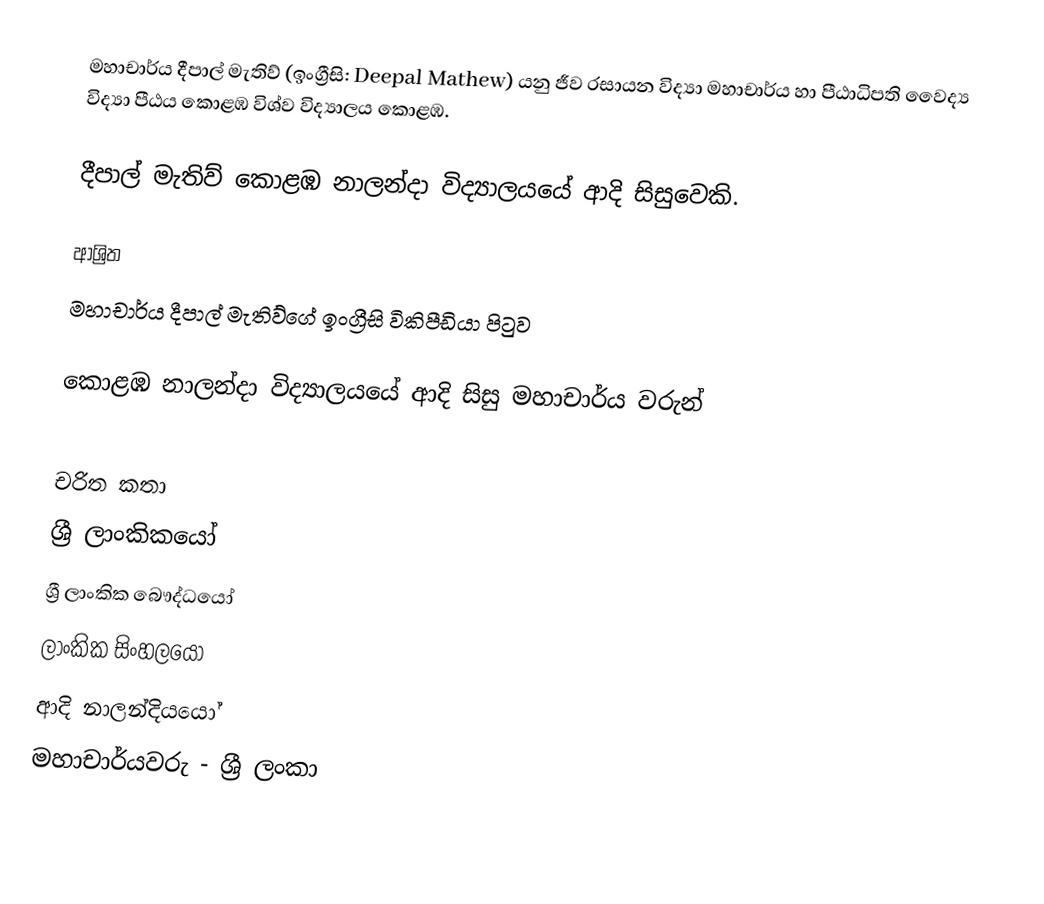
මහාචාර්ය දීපාල් මැතිව් (ඉංග්‍රීසි: Deepal Mathew) යනු  ජීව රසායන විද්‍යා මහාචාර්ය හා පීඨාධිපති වෛද්‍ය විද්‍යා පීඨය කොළඹ විශ්ව විද්‍යාලය කොළඹ.

දීපාල් මැතිව්  කොළඹ නාලන්දා විද්‍යාලයයේ ආදි සිසුවෙකි.

ආශ්‍රිත
  මහාචාර්ය  දීපාල් මැතිව්ගේ ඉංග්‍රීසි විකිපීඩියා පිටුව

 කොළඹ නාලන්දා විද්‍යාලයයේ ආදි සිසු මහාචාර්ය වරුන්

චරිත කතා
ශ්‍රී ලාංකිකයෝ
ශ්‍රී ලාංකික බෞද්ධයෝ
ලාංකික සිංහලයෝ
ආදි නාලන්දියයෝ
මහාචාර්යවරු - ශ්‍රී ලංකා